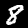
Label: 8